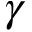
\gamma